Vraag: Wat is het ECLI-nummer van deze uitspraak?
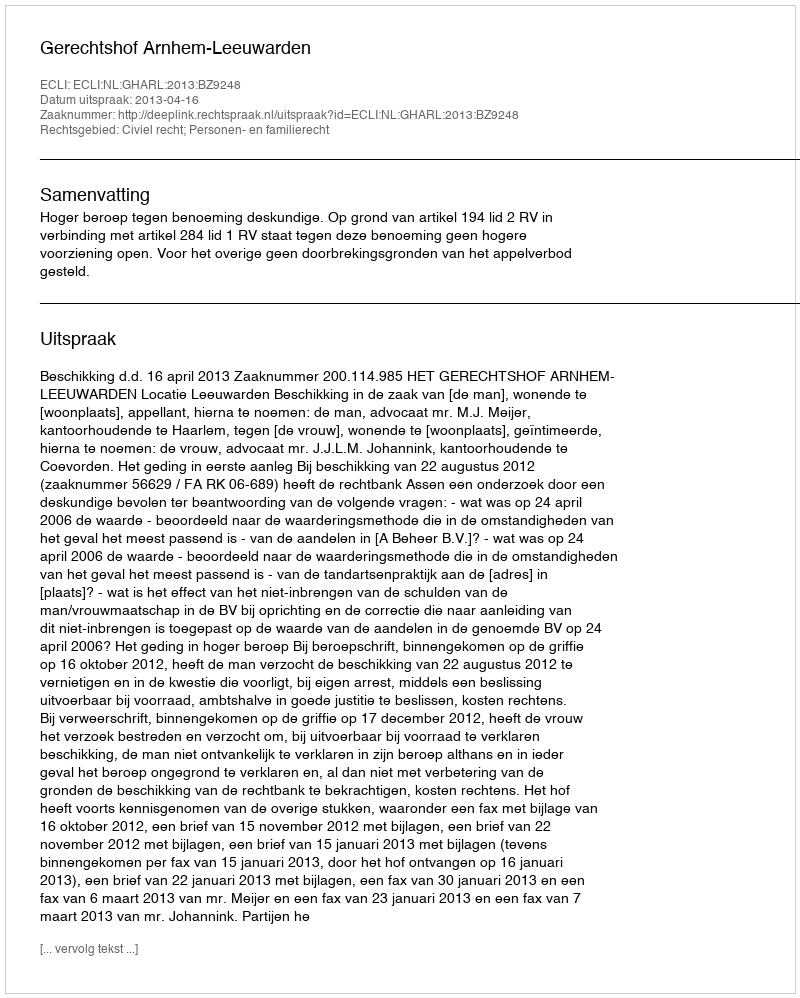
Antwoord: ECLI:NL:GHARL:2013:BZ9248